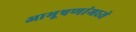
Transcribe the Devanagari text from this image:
आभूषणांमध्ये